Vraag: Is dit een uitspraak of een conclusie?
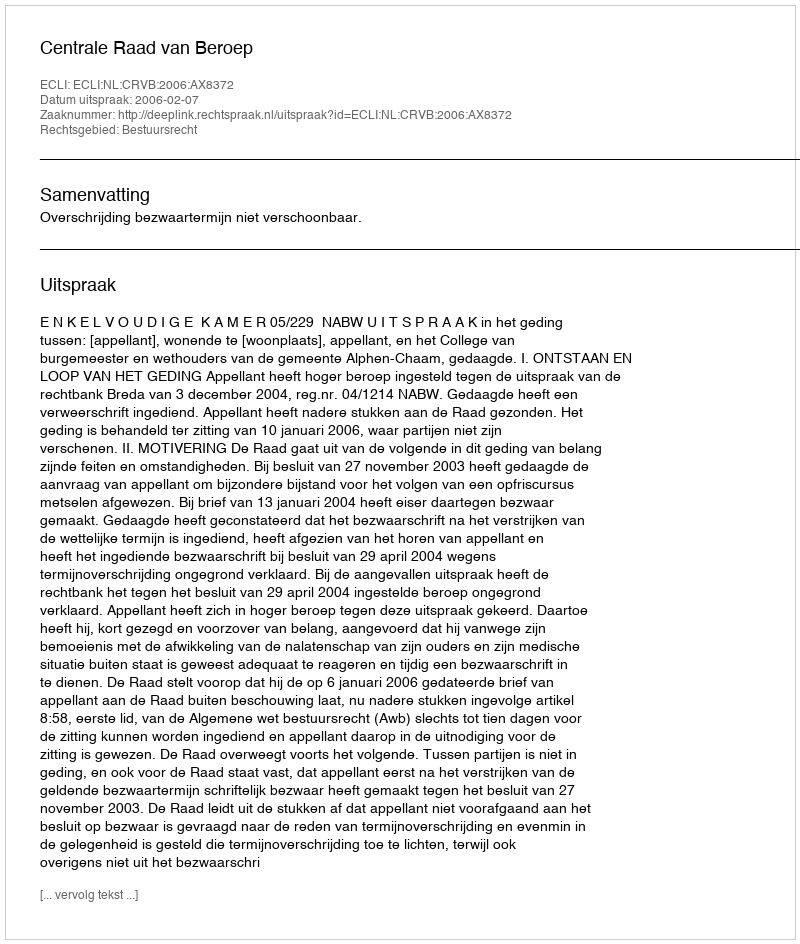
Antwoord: Uitspraak